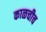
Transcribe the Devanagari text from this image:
काळचीच